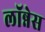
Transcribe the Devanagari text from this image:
लॉन्नेस